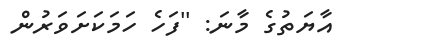
އާޔަތުގެ މާނަ: ''ފަހެ ހަމަކަށަވަރުން